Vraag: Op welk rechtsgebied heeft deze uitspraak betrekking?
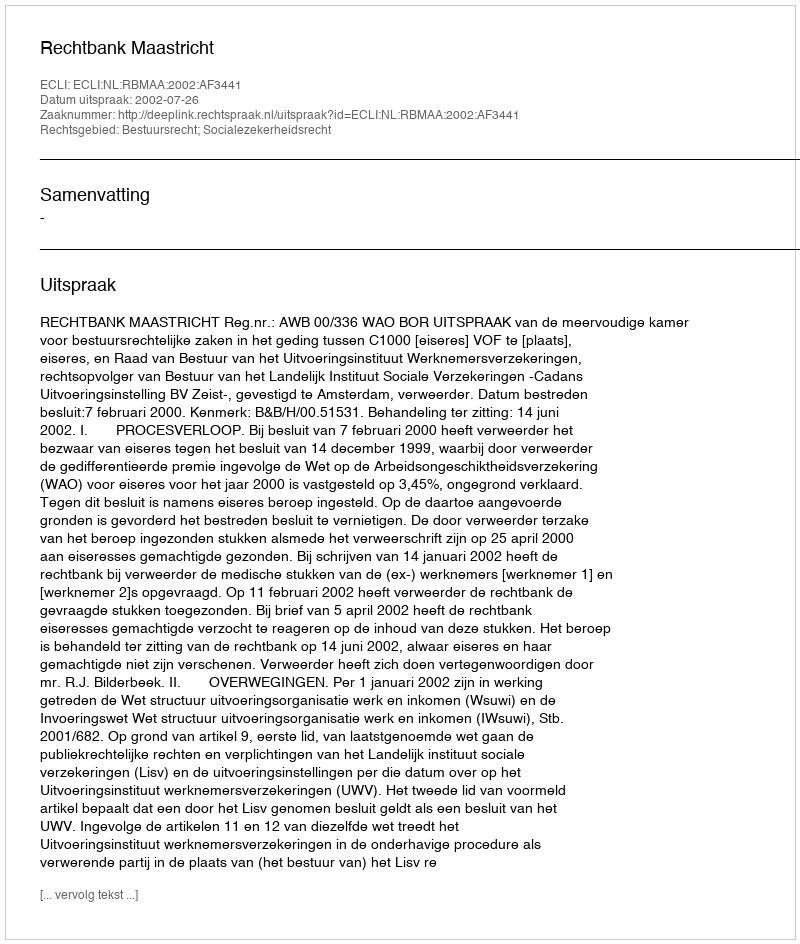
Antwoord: Bestuursrecht; Socialezekerheidsrecht